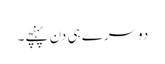
دوسرے ہی دن پہنچے۔